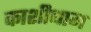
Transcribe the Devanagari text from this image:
काशीधाम